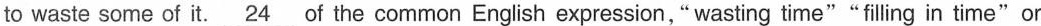
to waste some of it.\underline{24} of the common English expression,"wasting time""filling in time"or